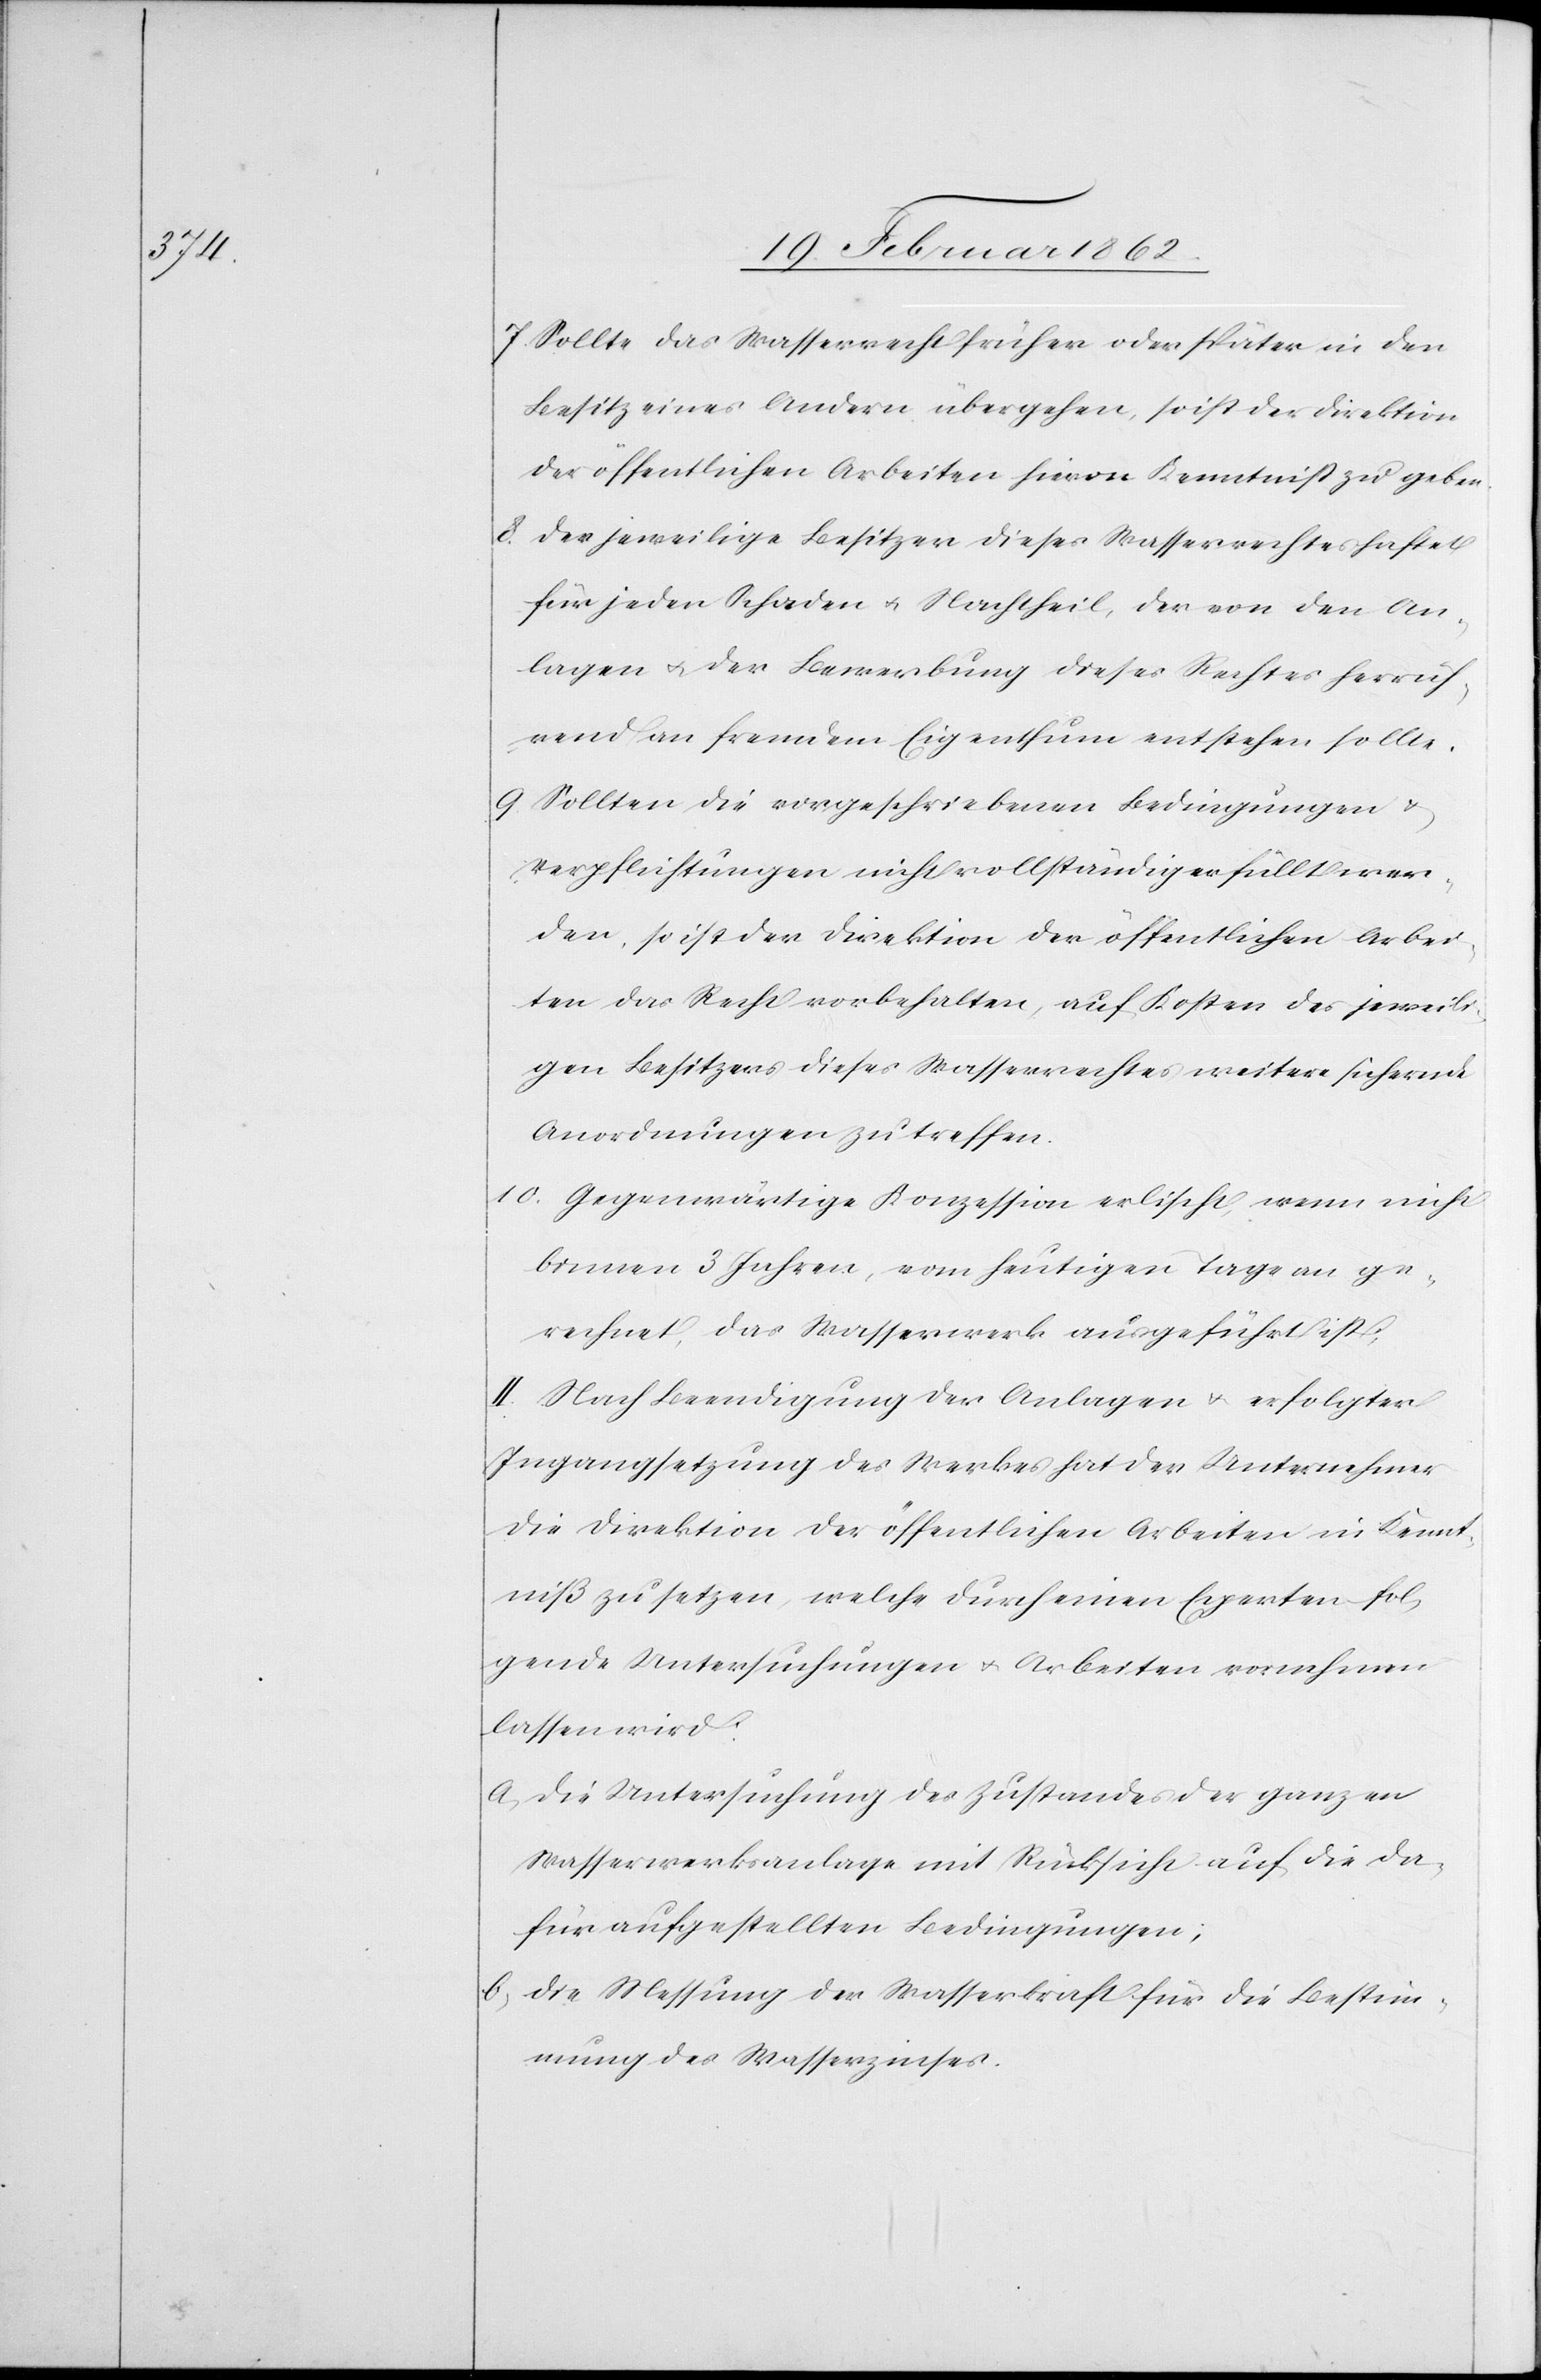
7) Sollte das Wasserrecht früher oder später in den
Besitz eines Andern übergehen, so ist der Direktion
der öffentlichen Arbeiten hievon Kenntniß zu geben.
8) Der jeweilige Besitzer dieses Wasserrechtes haftet
für jeden Schaden u. Nachtheil, der von den An¬
lagen u. der Bewerbung dieses Rechtes herrüh¬
rend an fremdem Eigenthum entstehen sollte.
9) Sollten die vorgeschriebenen Bedingungen &
Verpflichtungen nicht vollständig erfüllt wer¬
den, so ist der Direktion der öffentlichen Arbei¬
ten das Recht vorbehalten, auf Kosten des jeweili¬
gen Besitzers dieses Wasserrechtes weitere sichernde
Anordnungen zu treffen.
10) Gegenwärtige Konzession erlischt, wenn nicht
binnen 3 Jahren, vom heutigen Tage an ge¬
rechnet, das Wasserwerk ausgeführt ist.
II. Nach Beendigung der Anlagen u. erfolgter
Ingangsetzung des Werkes hat der Unternehmer
die Direktion der öffentlichen Arbeiten in Kennt¬
niß zu setzen, welche durch einen Experten fol¬
gende Untersuchungen u. Arbeiten vornehmen
lassen wird:
a) Die Untersuchung des Zustandes der ganzen
Wasserwerksanlage mit Rücksicht auf die da¬
für aufgestellten Bedingungen;
b) Die Messung der Wasserkraft für die Bestim¬
mung des Wasserzinses.